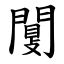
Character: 闅